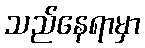
သည်နေရာမှာ